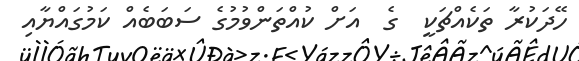
ހޭދަކުރާ ތަކެއްޗަކީ  ގެ  އަށް ކުއްތަންވުމުގެ ސަބަބެއް ކަމުގައްޔާއި